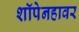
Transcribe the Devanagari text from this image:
शॉपेनहावर